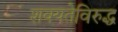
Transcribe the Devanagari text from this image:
शक्यतेविरुद्ध